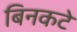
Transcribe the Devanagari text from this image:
बिनकटे